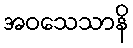
အဝသေသာနိ